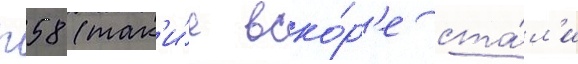
п58 (так'и́е вско́р'е ста́л'и